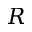
{ R }